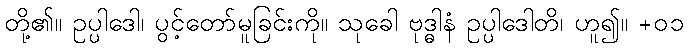
တို့၏။ ဥပ္ပါဒေါ၊ ပွင့်တော်မူခြင်းကို။ သုခေါ ဗုဒ္ဓါနံ ဥပ္ပါဒေါတိ၊ ဟူ၍။ +၀၁